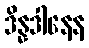
ဒိန္နဒါနေန